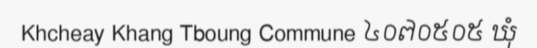
Khcheay Khang Tboung Commune ៤០៧០៥០៥ ឃុំ